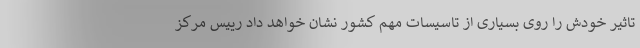
تاثیر خودش را روی بسیاری از تاسیسات مهم کشور نشان خواهد داد رییس مرکز